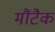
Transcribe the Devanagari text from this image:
मौंटैक